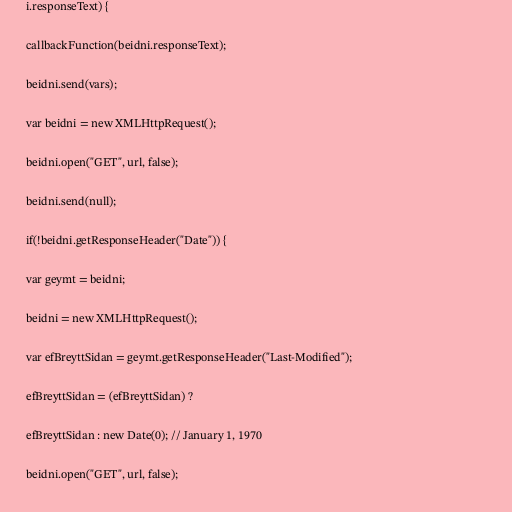
i.responseText) {

callbackFunction(beidni.responseText);

beidni.send(vars);

var beidni = new XMLHttpRequest();

beidni.open("GET", url, false);

beidni.send(null);

if(!beidni.getResponseHeader("Date")) {

var geymt = beidni;

beidni = new XMLHttpRequest();

var efBreyttSidan = geymt.getResponseHeader("Last-Modified");

efBreyttSidan = (efBreyttSidan) ?

efBreyttSidan : new Date(0); // January 1, 1970

beidni.open("GET", url, false);